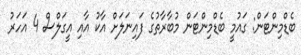
ބެޑްމިންޓަން: ގައުމީ ބެޑްމިންޓަން މުބާރާތުގެ ފައިނަލަށް އާކު އާއި އީގަލްސް 4 އަހަރު